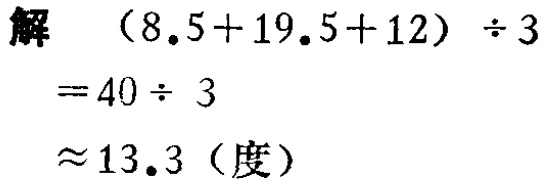
解
\[
\begin{align*}
&(8.5 + 19.5 + 12)\div3\\
=&40\div3\\
\approx&13.3 (\text{度})
\end{align*}
\]